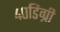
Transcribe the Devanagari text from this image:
४०डिग्री